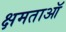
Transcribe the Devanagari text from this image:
क्षमताऑ